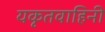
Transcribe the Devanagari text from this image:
यकृतवाहिनी